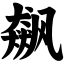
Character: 飙